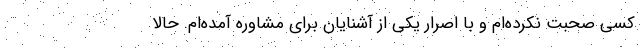
کسی صحبت نکرده‌ام و با اصرار یکی از آشنایان برای مشاوره آمده‌ام. حالا